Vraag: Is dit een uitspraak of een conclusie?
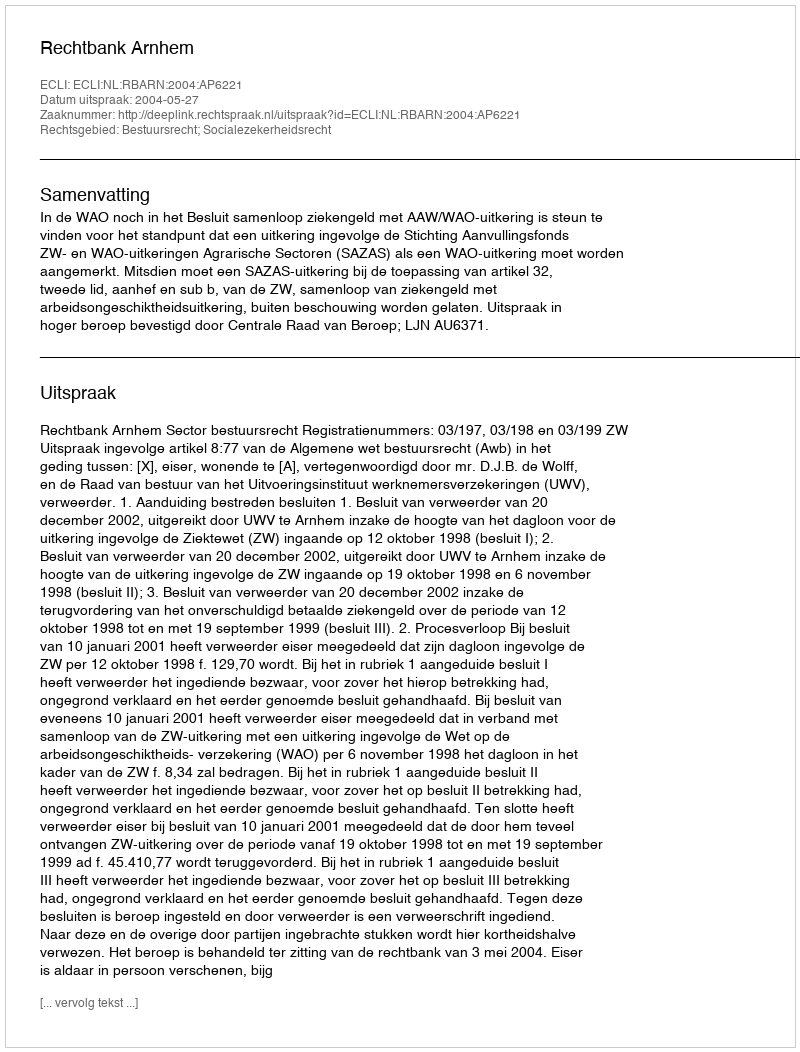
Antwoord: Uitspraak